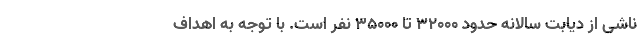
ناشی از دیابت سالانه حدود ۳۲۰۰۰ تا ۳۵۰۰۰ نفر است. با توجه به اهداف